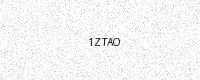
Text: 1ZTAO